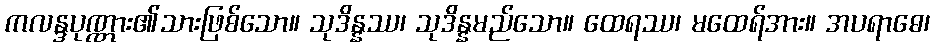
ကလန္ဒပုဏ္ဏား၏သားဖြစ်သော။ သုဒိန္နဿ၊ သုဒိန္နမည်သော။ ထေရဿ၊ မထေရ်အား။ အပရာဓေ၊